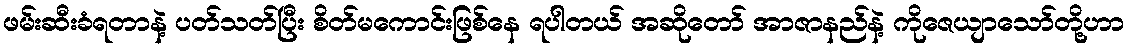
ဖမ်းဆီးခံရတာနဲ့ ပတ်သတ်ပြီး စိတ်မကောင်းဖြစ်နေ ရပါတယ် အဆိုတော် အာဇာနည်နဲ့ ကိုဇေယျာသော်တို့ဟာ